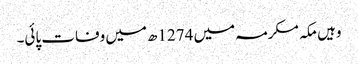
وہیں مکہ مکرمہ میں 1274ھ میں وفات پائی۔